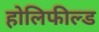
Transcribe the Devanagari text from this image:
होलिफील्ड